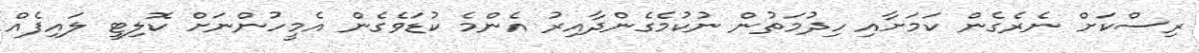
ރިސްކަށް ނެރެގެން ކަމަށާއި ހިދުމަތުން ނުކުމެގެންދާއިރު އެންމެ ކުޑަވެގެން އެމީހުންނަށް ކޮލިޓީ ލައިފެއް